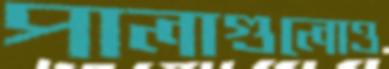
পালাগুলোও